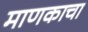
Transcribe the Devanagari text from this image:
माणकाचा